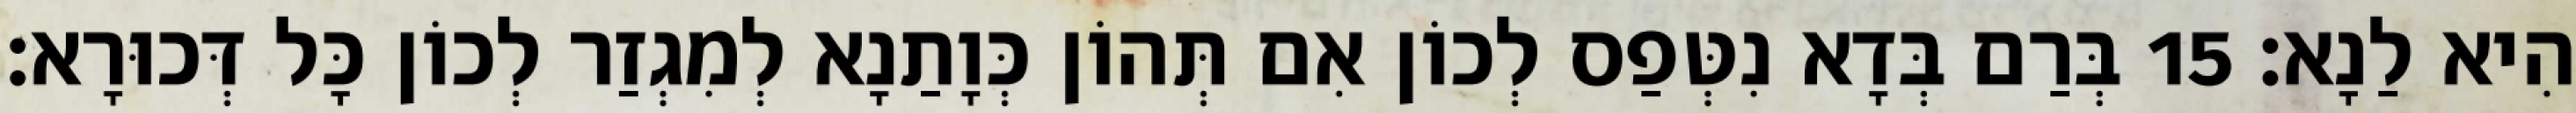
הִיא לַנָא׃ 15 בְּרַם בְּדָא נִטְּפַס לְכוֹן אִם תְּהוֹן כְּוָתַנָא לְמִגְזַר לְכוֹן כָּל דְּכוּרָא׃